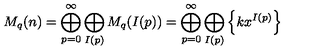
M _ { q } ( n ) = \bigoplus _ { p = 0 } ^ { \infty } \bigoplus _ { I ( p ) } M _ { q } ( I ( p ) ) = \bigoplus _ { p = 0 } ^ { \infty } \bigoplus _ { I ( p ) } \left\{ k x ^ { I ( p ) } \right\}